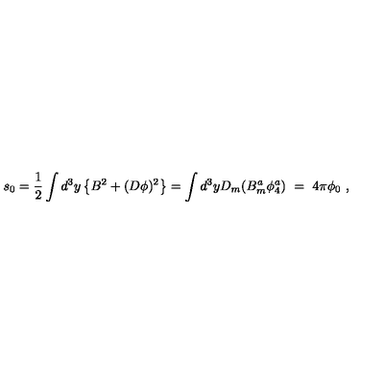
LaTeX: s _ { 0 } = \frac { 1 } { 2 } \int d ^ { 3 } y \left\{ B ^ { 2 } + ( D \phi ) ^ { 2 } \right\} = \int d ^ { 3 } y D _ { m } ( B _ { m } ^ { a } \phi _ { 4 } ^ { a } ) \ = \ 4 \pi \phi _ { 0 } \ ,